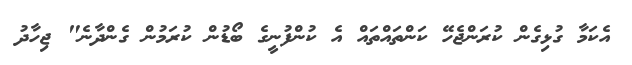
އެކަމާ ގުޅިގެން ކުރަންޖެހޭ ކަންތައްތައް އެ ކުންފުނީގެ ބޯޑުން ކުރަމުން ގެންދާނެ" ޖިހާދު